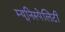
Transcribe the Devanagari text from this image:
म्यूनिस्पेलिटी